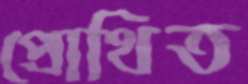
প্রোথিত